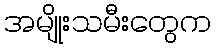
အမျိုးသမီးတွေက